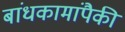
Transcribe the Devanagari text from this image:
बांधकामांपैकी